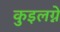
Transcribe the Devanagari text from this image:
कुइलग्ने